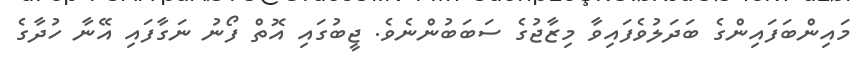
މައިންބަފައިންގެ ބަދަލުވެފައިވާ މިޒާޖުގެ ސަބަބުންނެވެ. ޖީބުގައި އޮތް ފޯނު ނަގާފައި އޭނާ ހުދާގެ